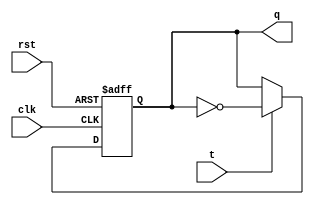
module t_flip_flop(
  input wire clk,
  input wire rst,
  input wire t,
  output reg q
);

always @(posedge clk or posedge rst) begin
  if (rst) begin
    q <= 1'b0;  // Reset the flip-flop
  end else if (t) begin
    q <= ~q;  // Toggle the output when T is high
  end
end

endmodule